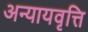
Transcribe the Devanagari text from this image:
अन्यायवृत्ति